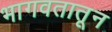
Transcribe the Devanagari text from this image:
भागवतातून